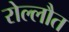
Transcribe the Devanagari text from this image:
रोल्लौत